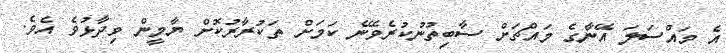
އެ މައްސަލަ އޭނާގެ މައްޗަށް ސާބިތުނުކުރެވޭނެ ކަމަށް ތަކުރާރުކޮށް ޔާމީން ވިދާޅުވެ އެވެ.